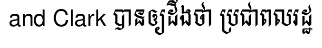
and Clark បានឲ្យដឹងថា ប្រជាពលរដ្ឋ